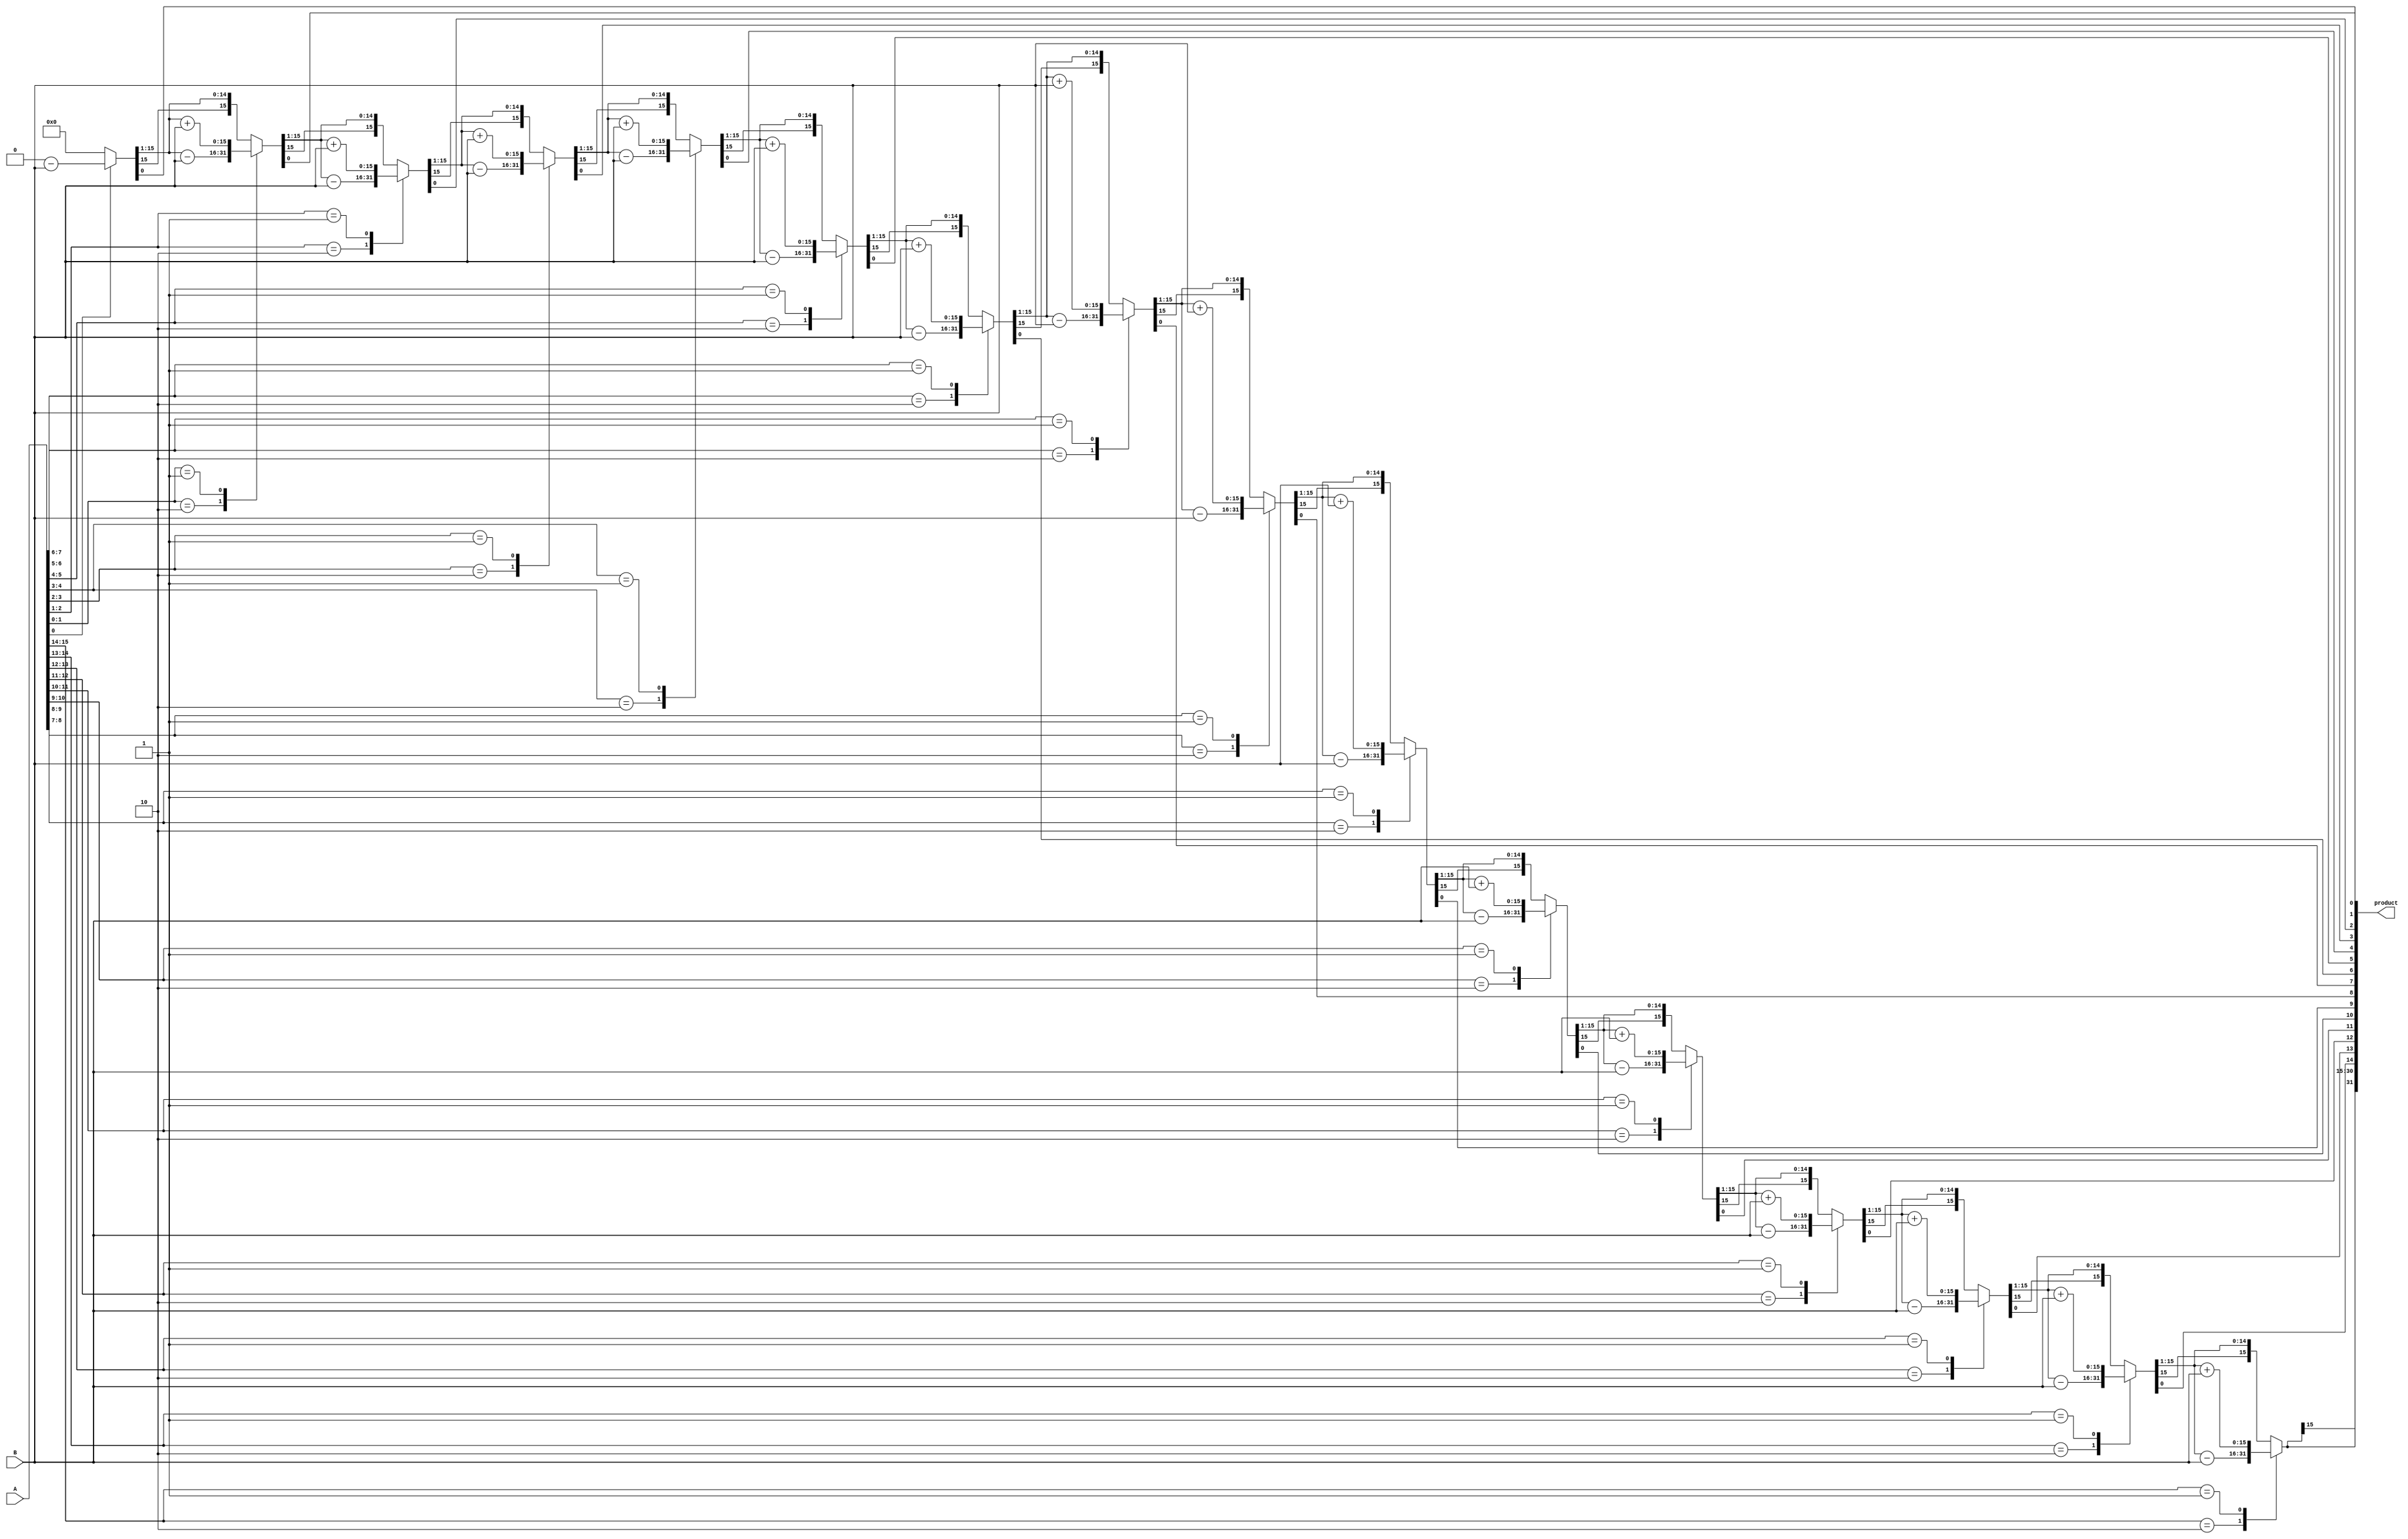
module booth_16bit_multiplier(A, B, product);
    input signed [15:0] A,B;
    output signed [31:0] product;
    reg signed [31:0] product;
    reg signed [15:0] Q,Acc;
    reg  Q0;
    integer n; 
always @(A,B)
	begin
	Q0 = 0;
	Q = A;
	Acc = 16'h0;
	for(n = 16; n  > 0; n = n - 1) begin
	case({Q[0],Q0})
		2'b10 : Acc = Acc - B;
		2'b01 : Acc = Acc + B;
		default : begin end
	endcase
	Q0 = Q[0];
	Q = Q >> 1;
	Q[15] = Acc[0];
	Acc = Acc >> 1;
	Acc[15] = Acc[14];
	end
	product = {Acc,Q};
	
end
 endmodule